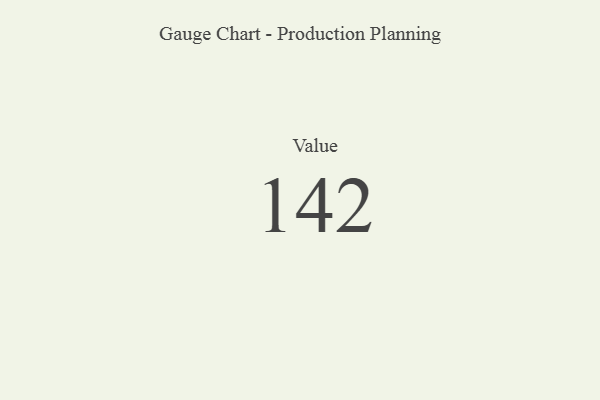
{"axis": {"x": "Metric", "y": "Value"}, "legend": [""], "data": [{"x": "Value", "y": 142, "type": ""}]}